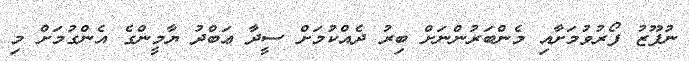
ނުފޫޒު ފޯރުވުމަށާއި މެންބަރުންނަށް ބިރު ދެއްކުމަށް ސީދާ ޢަބްދު ޔާމީންގެ އެންގުމަށް މި